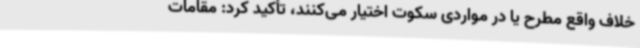
خلاف واقع مطرح یا در مواردی سکوت اختیار می‌کنند، تأکید کرد: مقامات